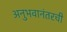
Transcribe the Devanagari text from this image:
अनुभवानंतरची